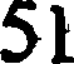
51